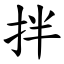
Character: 拌